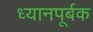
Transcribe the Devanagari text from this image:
ध्यानपूर्बक